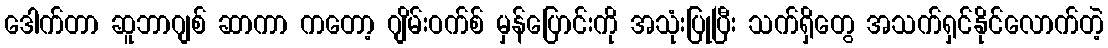
ဒေါက်တာ ဆူဘာဂျစ် ဆာကာ ကတော့ ဂျိမ်းဝက်စ် မှန်ပြောင်းကို အသုံးပြုပြီး သက်ရှိတွေ အသက်ရှင်နိုင်လောက်တဲ့